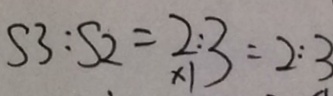
S 3 : S 2 = 2 : 3 = 2 : 3